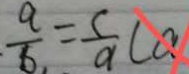
\frac { a } { b _ { , } } = \frac { c } { a } ( a